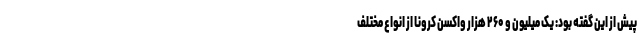
پیش از این گفته بود: یک میلیون و ۲۶۰ هزار واکسن کرونا از انواع مختلف